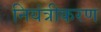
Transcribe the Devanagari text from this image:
नियंत्रीकरण